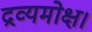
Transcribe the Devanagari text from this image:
द्रव्यमोक्ष।